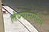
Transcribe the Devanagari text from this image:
लेण्यासमोरच